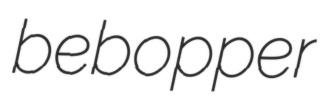
bebopper